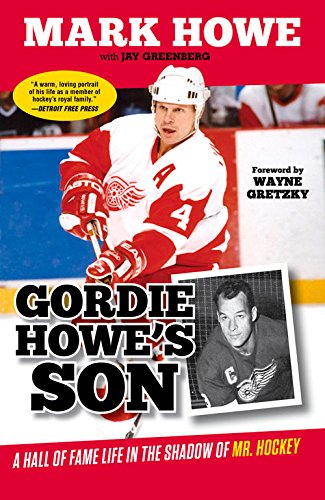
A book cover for Gordie Howe's Son: A Hall of Fame Life in the Shadow of Mr. Hockey; Mark Howe; Sports & Outdoors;